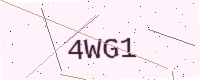
Text: 4WG1